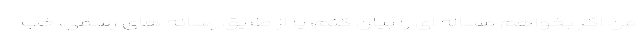
من اگر بخواهم مساله ای را بیان کنم، یا از طریق رسانه های رسمی، خب